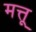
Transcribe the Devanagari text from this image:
मत्तू